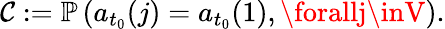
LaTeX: \mathcal{C}:=\mathbb{{P}}\left(a_{t_{0}}(j)=a_{t_{0}}(1),\forallj\inV\right).